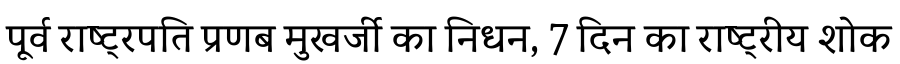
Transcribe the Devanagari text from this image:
पूर्व राष्ट्रपति प्रणब मुखर्जी का निधन, 7 दिन का राष्ट्रीय शोक